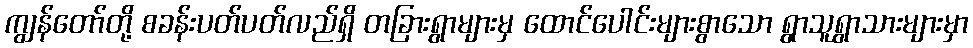
ကျွန်တော်တို့ စခန်းပတ်ပတ်လည်ရှိ တခြားရွာများမှ ထောင်ပေါင်းများစွာသော ရွာသူရွာသားများမှာ